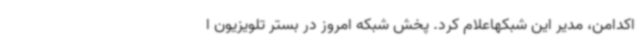
اکدامن، مدیر این شبکهاعلام کرد. پخش شبکه امروز در بستر تلویزیون ا